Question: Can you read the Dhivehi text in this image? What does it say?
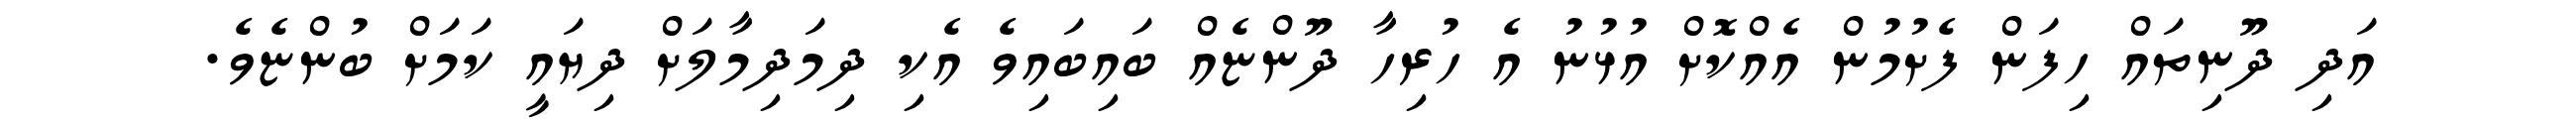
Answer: އަދި ދޫނިތައް ހިފަން ފެށުމުން އެއްކޮށް އުޅުނު އެ ހުރިހާ ދޫންޏެއް ބައިބައިވެ އެކި ދިމަދިމާލަށް ދިޔައީ ކަމަށް ބުންޏެވެ.